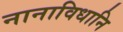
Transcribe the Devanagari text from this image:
नानाविधानि